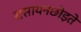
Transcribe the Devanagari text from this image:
रासायनछोड़ते